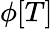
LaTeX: \phi[T]